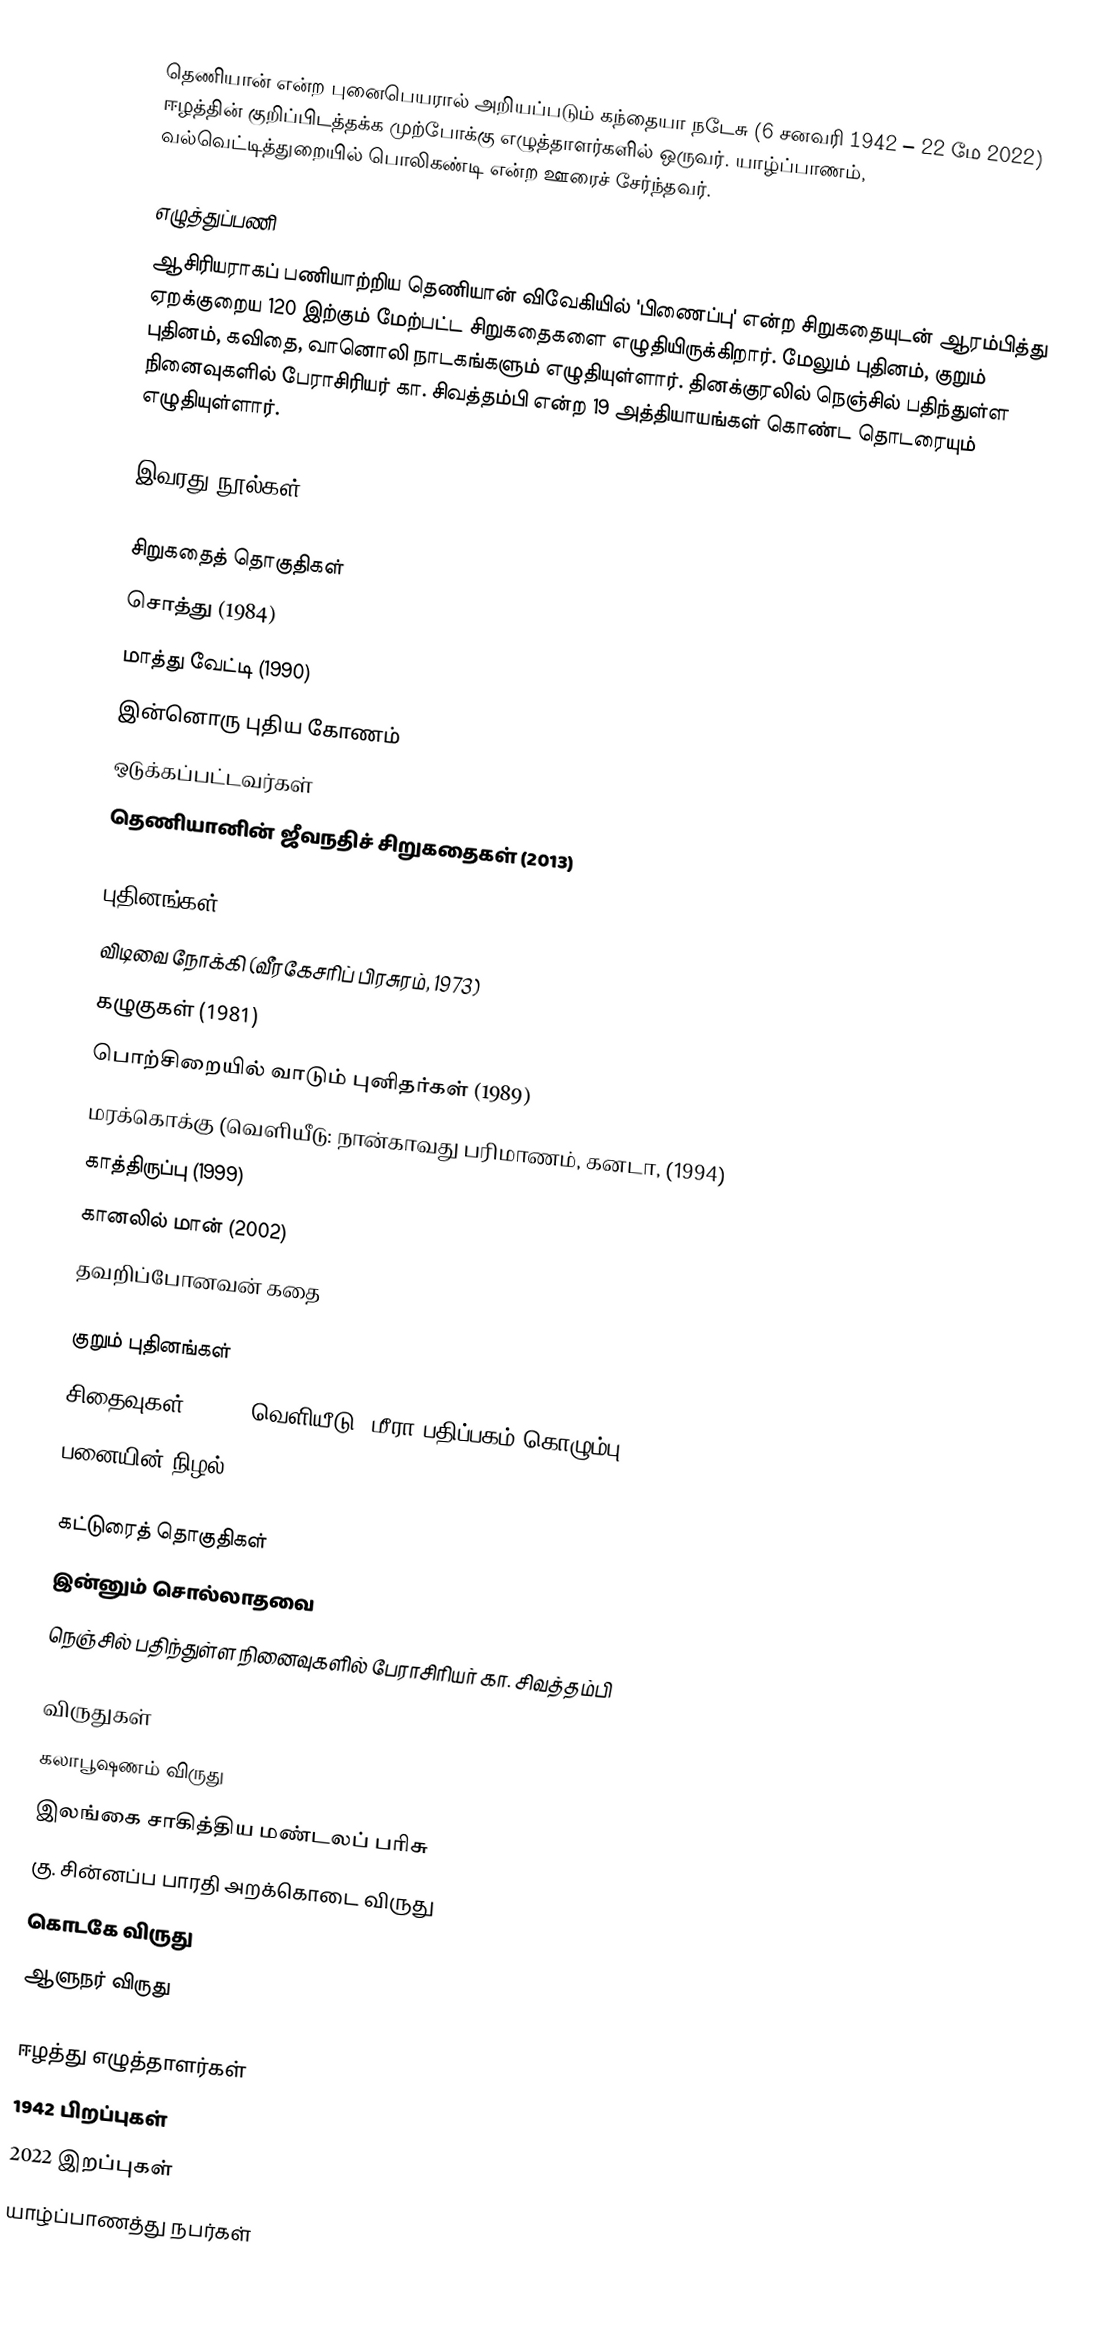
தெணியான் என்ற புனைபெயரால் அறியப்படும் கந்தையா நடேசு (6 சனவரி 1942 – 22 மே 2022) ஈழத்தின் குறிப்பிடத்தக்க முற்போக்கு எழுத்தாளர்களில் ஒருவர். யாழ்ப்பாணம், வல்வெட்டித்துறையில் பொலிகண்டி என்ற ஊரைச் சேர்ந்தவர்.

எழுத்துப்பணி
ஆசிரியராகப் பணியாற்றிய தெணியான் விவேகியில் 'பிணைப்பு' என்ற சிறுகதையுடன் ஆரம்பித்து ஏறக்குறைய 120 இற்கும் மேற்பட்ட சிறுகதைகளை  எழுதியிருக்கிறார். மேலும் புதினம், குறும் புதினம், கவிதை, வானொலி நாடகங்களும் எழுதியுள்ளார். தினக்குரலில் நெஞ்சில் பதிந்துள்ள நினைவுகளில் பேராசிரியர் கா. சிவத்தம்பி என்ற 19 அத்தியாயங்கள் கொண்ட தொடரையும் எழுதியுள்ளார்.

இவரது நூல்கள்

சிறுகதைத் தொகுதிகள்
 சொத்து (1984)
 மாத்து வேட்டி (1990)
 இன்னொரு புதிய கோணம்
 ஒடுக்கப்பட்டவர்கள்
 தெணியானின் ஜீவநதிச் சிறுகதைகள் (2013)

புதினங்கள்
 விடிவை நோக்கி (வீரகேசரிப் பிரசுரம், 1973)
 கழுகுகள் (1981)
 பொற்சிறையில் வாடும் புனிதர்கள் (1989)
 மரக்கொக்கு (வெளியீடு: நான்காவது பரிமாணம், கனடா, (1994)
 காத்திருப்பு (1999)
 கானலில் மான் (2002)
 தவறிப்போனவன் கதை

குறும் புதினங்கள்
 சிதைவுகள் (2003) வெளியீடு: மீரா பதிப்பகம் கொழும்பு)
 பனையின் நிழல்

கட்டுரைத் தொகுதிகள்
இன்னும் சொல்லாதவை
நெஞ்சில் பதிந்துள்ள நினைவுகளில் பேராசிரியர் கா. சிவத்தம்பி

விருதுகள்
 கலாபூஷணம் விருது
 இலங்கை சாகித்திய மண்டலப் பரிசு
 கு. சின்னப்ப பாரதி அறக்கொடை விருது
 கொடகே விருது
 ஆளுநர் விருது

ஈழத்து எழுத்தாளர்கள்
1942 பிறப்புகள்
2022 இறப்புகள்
யாழ்ப்பாணத்து நபர்கள்